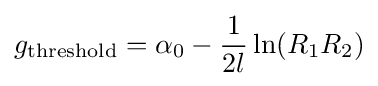
g_{\text{threshold}}=\alpha _{0}-{\frac {1}{2l}}\ln(R_{1}R_{2})